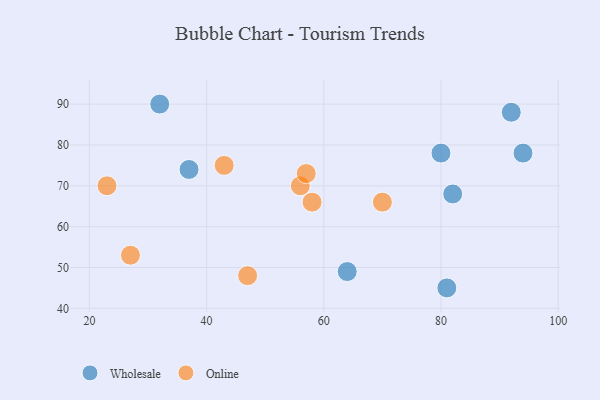
{"axis": {"x": "GDP", "y": "Life Expectancy"}, "legend": ["Online", "Wholesale"], "data": [{"x": "92", "y": 88, "type": "Wholesale"}, {"x": "82", "y": 68, "type": "Wholesale"}, {"x": "80", "y": 78, "type": "Wholesale"}, {"x": "64", "y": 49, "type": "Wholesale"}, {"x": "37", "y": 74, "type": "Wholesale"}, {"x": "94", "y": 78, "type": "Wholesale"}, {"x": "81", "y": 45, "type": "Wholesale"}, {"x": "32", "y": 90, "type": "Wholesale"}, {"x": "56", "y": 70, "type": "Online"}, {"x": "47", "y": 48, "type": "Online"}, {"x": "27", "y": 53, "type": "Online"}, {"x": "57", "y": 73, "type": "Online"}, {"x": "58", "y": 66, "type": "Online"}, {"x": "23", "y": 70, "type": "Online"}, {"x": "70", "y": 66, "type": "Online"}, {"x": "43", "y": 75, "type": "Online"}]}